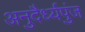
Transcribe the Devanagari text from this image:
अनुदैर्ध्यपुंज